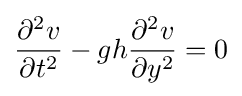
{\frac {\partial ^{2}v}{\partial t^{2}}}-gh{\frac {\partial ^{2}v}{\partial y^{2}}}=0